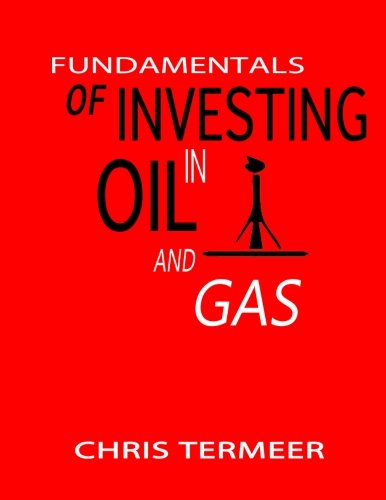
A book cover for Fundamentals of Investing in Oil and Gas; Chris Termeer; Business & Money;